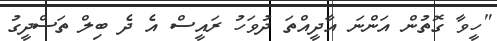
"ހީވާ ގޮތުން އަންނަ އާދީއްތަ ދުވަހު ރައީސް އެ ދެ ބިލް ތަސްދީގު